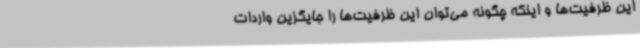
این ظرفیت‌ها و اینکه چگونه می‌توان این ظرفیت‌ها را جایگزین واردات